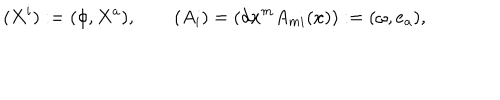
( X ^ { i } ) : = ( \phi , X ^ { a } ) , \qquad ( A _ { i } ) = ( d x ^ { m } A _ { m i } ( x ) ) : = ( \omega , e _ { a } ) ,